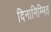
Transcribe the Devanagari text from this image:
दिनानिम्मित